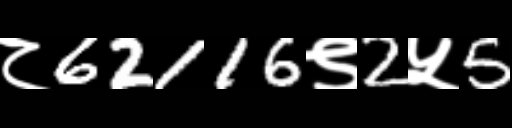
Text: ८62116९2५5